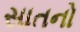
સાતનો